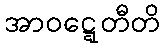
အာဝဋ္ဋေတီတိ